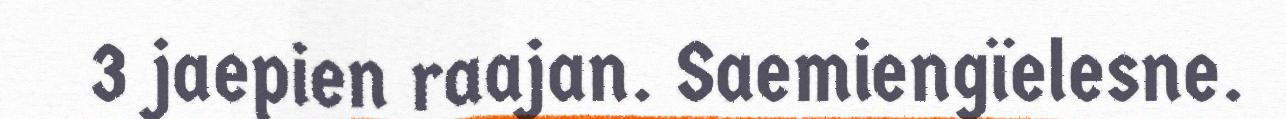
3 jaepien raajan. Saemiengïelesne.